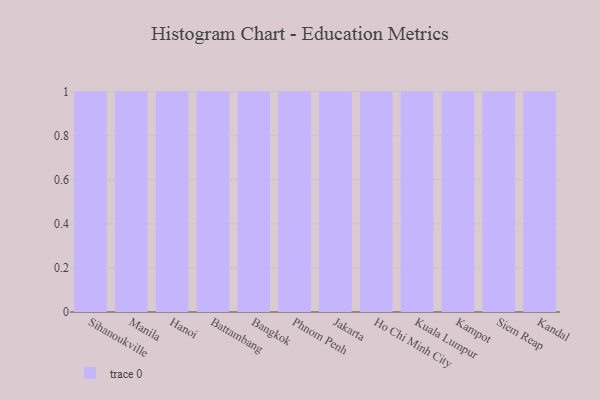
{"axis": {"x": "City", "y": "Satisfaction Score"}, "legend": [""], "data": [{"x": "Sihanoukville", "y": 42, "type": ""}, {"x": "Manila", "y": 9, "type": ""}, {"x": "Hanoi", "y": 41, "type": ""}, {"x": "Battambang", "y": 33, "type": ""}, {"x": "Bangkok", "y": 30, "type": ""}, {"x": "Phnom Penh", "y": 68, "type": ""}, {"x": "Jakarta", "y": 75, "type": ""}, {"x": "Ho Chi Minh City", "y": 11, "type": ""}, {"x": "Kuala Lumpur", "y": 31, "type": ""}, {"x": "Kampot", "y": 97, "type": ""}, {"x": "Siem Reap", "y": 40, "type": ""}, {"x": "Kandal", "y": 43, "type": ""}]}